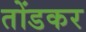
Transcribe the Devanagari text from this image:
तोंडकर